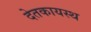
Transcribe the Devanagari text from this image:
देतकायस्थ